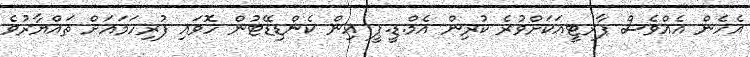
އެހެން އެއްވެސް ޕާރޓީއަކަށްވުރެ ކުރިން އެމް.ޑީ.ޕީ އިން ކެންޑިޑޭޓުން ހޮވައި ފުރިހަމައަށް ތައްޔާރުވެ